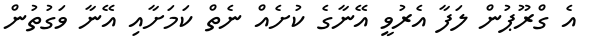
އެ ގްރޫޕުން ލަފާ އެރުވީ އޭނާގެ ކުށެއް ނެތް ކަމަށާއި އޭނާ ވަގުތުން